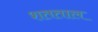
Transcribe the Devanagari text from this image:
शतताल